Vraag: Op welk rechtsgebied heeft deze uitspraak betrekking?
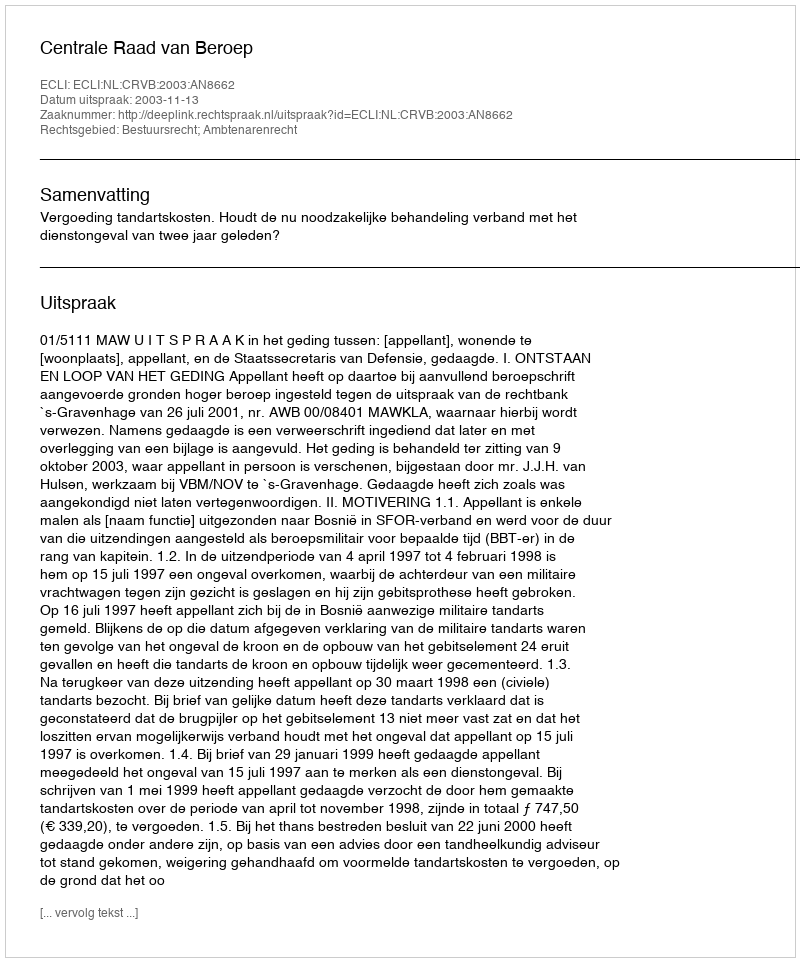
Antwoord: Bestuursrecht; Ambtenarenrecht